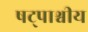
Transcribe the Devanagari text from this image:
षट्पाश्वीय